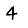
Digit: 4